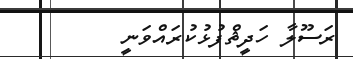
ރަސޫލާ ހަދީޘްފުޅުކުރައްވަނީ